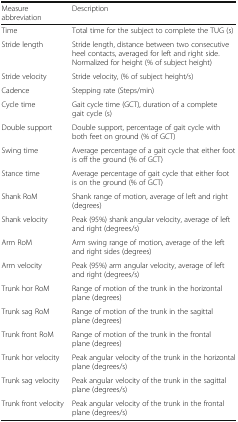
| Measure abbreviation | Description |
 | --- | --- |
 | Time | Total time for the subject to complete the TUG (s) |
 | Stride length | Stride length, distance between two consecutive heel contacts, averaged for left and right side. Normalized for height (% of subject height) |
 | Stride velocity | Stride velocity, (% of subject height/s) |
 | Cadence | Stepping rate (Steps/min) |
 | Cycle time | Gait cycle time (GCT), duration of a complete gait cycle (s) |
 | Double support | Double support, percentage of gait cycle with both feet on ground (% of GCT) |
 | Swing time | Average percentage of a gait cycle that either foot is off the ground (% of GCT) |
 | Stance time | Average percentage of gait cycle that either foot is on the ground (% of GCT) |
 | Shank RoM | Shank range of motion, average of left and right (degrees) |
 | Shank velocity | Peak (95%) shank angular velocity, average of left and right (degrees/s) |
 | Arm RoM | Arm swing range of motion, average of the left and right sides (degrees) |
 | Arm velocity | Peak (95%) arm angular velocity, average of left and right (degrees/s) |
 | Trunk hor RoM | Range of motion of the trunk in the horizontal plane (degrees) |
 | Trunk sag RoM | Range of motion of the trunk in the sagittal plane (degrees) |
 | Trunk front RoM | Range of motion of the trunk in the frontal plane (degrees) |
 | Trunk hor velocity | Peak angular velocity of the trunk in the horizontal plane (degrees/s) |
 | Trunk sag velocity | Peak angular velocity of the trunk in the sagittal plane (degrees/s) |
 | Trunk front velocity | Peak angular velocity of the trunk in the frontal plane (degrees/s) |